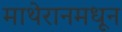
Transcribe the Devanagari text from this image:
माथेरानमधून